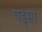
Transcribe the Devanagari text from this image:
पइसा